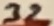
Text: 32